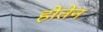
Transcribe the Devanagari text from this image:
होतेन